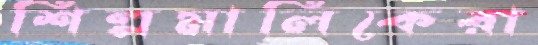
শিল্পমালিকেরা